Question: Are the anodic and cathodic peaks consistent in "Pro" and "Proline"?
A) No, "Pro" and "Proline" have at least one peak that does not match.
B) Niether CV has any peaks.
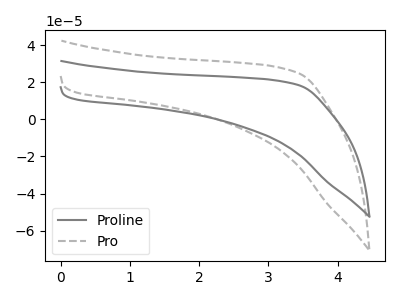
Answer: <think>The gray curve "Proline" has no peaks. The gray dashed curve "Pro" has no peaks.</think>
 <answer>B) Niether CV has any peaks.</answer>
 <eval>B</eval>